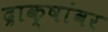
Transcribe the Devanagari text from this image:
द्राक्षांवर